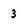
Character: 3